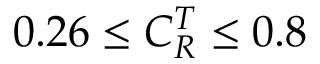
0 . 2 6 \leq C _ { R } ^ { T } \leq 0 . 8